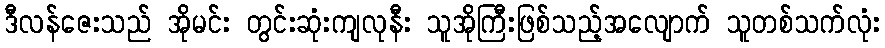
ဒီလန်ဇေးသည် အိုမင်း တွင်းဆုံးကျလုနီး သူအိုကြီးဖြစ်သည့်အလျောက် သူတစ်သက်လုံး